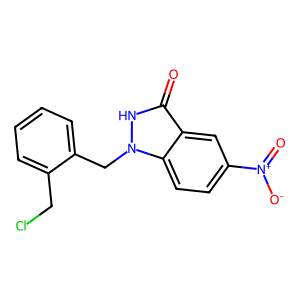
SMILES: O=c1[nH]n(Cc2ccccc2CCl)c2ccc([N+](=O)[O-])cc12
Inhibits HIV replication: No